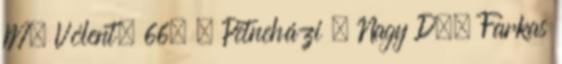
M. Vólent, 66. , Petneházi – Nagy D., Farkas